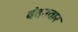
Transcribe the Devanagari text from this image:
वंदनवार